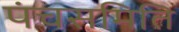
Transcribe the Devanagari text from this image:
पंचसमिति